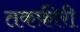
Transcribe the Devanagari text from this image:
तकफ़ीरी